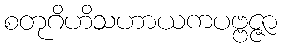
စတုဂိဟိသဟာယကပဗ္ဗဇ္ဇာ